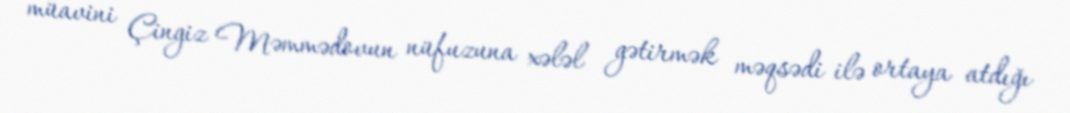
müavini Çingiz Məmmədovun nüfuzuna xələl gətirmək məqsədi ilə ortaya atdığı